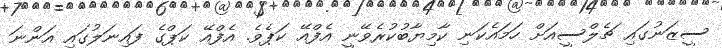
ސީޒަނުގައި ޗެލްސީއަށް ހަމައެކަނި ކާމިޔާބުކުރެވޭނީ އެފްއޭ ކަޕެވެ. އެފްއޭ ކަޕްގެ ފައިނަލުގައި އަންނަ